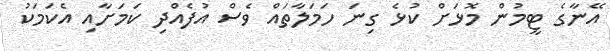
އޭނާގެ ޓީމުން މޮޅަށް ކުޅެ ގިނަ ހަމަލާތައް ވެސް އުފެއްދި ކަމަށާއި އެކަމަކު